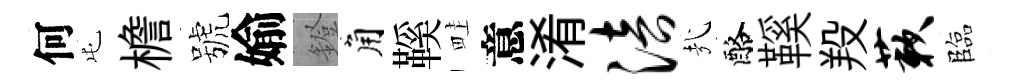
何屯檐號媮鐙角鞵畦意淆涪㢤酪鞵羖蔌臨